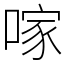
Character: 𠺢